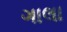
ગાલા